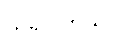
သိရပါတယ်။